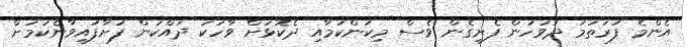
އެންމެ ފުރަތަމަ ދުވަހުން ފެށިގެން ވެސް މިކަންކަމާއި ދެކޮޅަށް ވާހަކަ ދައްކަން ފަށާފައިވާނެކަމަށް